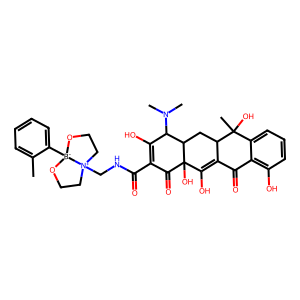
SMILES: Cc1ccccc1[B-]12OCC[N+]1(CNC(=O)C1=C(O)C(N(C)C)C3CC4C(=C(O)C3(O)C1=O)C(=O)c1c(O)cccc1C4(C)O)CCO2
Inhibits HIV replication: No